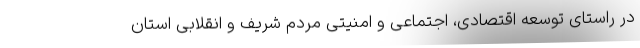
در راستای توسعه اقتصادی، اجتماعی و امنیتی مردم شریف و انقلابی استان